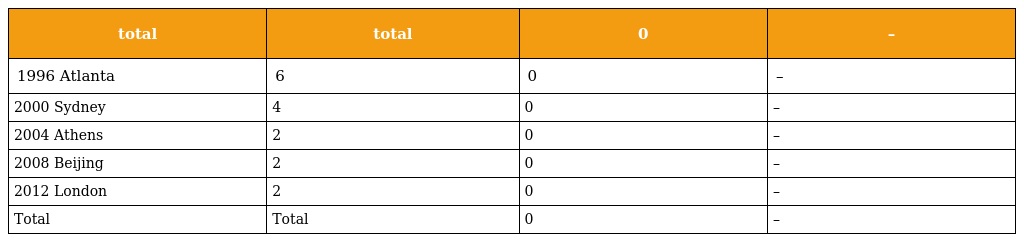
| total | total | 0 | – |
 | --- | --- | --- | --- |
 | 1996 Atlanta | 6 | 0 | – |
 | 2000 Sydney | 4 | 0 | – |
 | 2004 Athens | 2 | 0 | – |
 | 2008 Beijing | 2 | 0 | – |
 | 2012 London | 2 | 0 | – |
 | Total | Total | 0 | – |